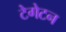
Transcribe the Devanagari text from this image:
टेगेटन